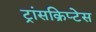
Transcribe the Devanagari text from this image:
ट्रांसक्रिप्टेस